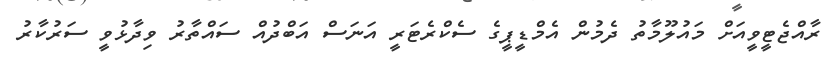
ރާއްޖެޓީވީއަށް މައުލޫމާތު ދެމުން އެމްޑީޕީގެ ސެކްރެޓަރީ އަނަސް އަބްދުއް ސައްތާރު ވިދާޅުވީ ސަރުކާރު